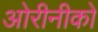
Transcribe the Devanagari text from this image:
ओरीनीको